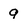
Character: 9